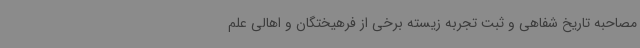
مصاحبه تاریخ شفاهی و ثبت تجربه زیسته برخی از فرهیختگان و اهالی علم